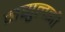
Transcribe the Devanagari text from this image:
नसुलझी